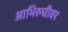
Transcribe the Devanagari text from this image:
आभिरुचीवर